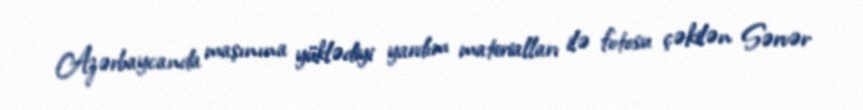
Azərbaycanda maşınına yüklədiyi yardım materialları ilə fotosu çəkilən Sərvər